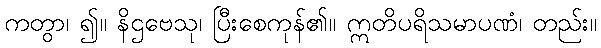
ကတွာ၊ ၍။ နိဌဗေသု၊ ပြီးစေကုန်၏။ ဣတိပရိသမာပဏံ၊ တည်း။